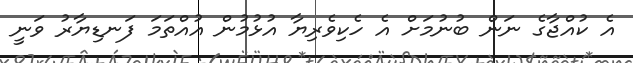
އެ ކުއްޖާގެ ނަން ބުނުމަށް އެ ހެކިވެރިޔާ އުޅުމުން އުއްތަމަ ފަނޑިޔާރު ވަނީ